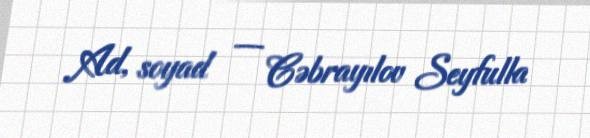
Ad, soyad — Cəbrayılov Seyfulla